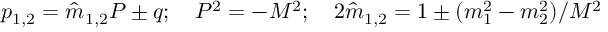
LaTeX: p _ { 1 , 2 } = { \hat { m } } _ { 1 , 2 } P \pm q ; \quad P ^ { 2 } = - M ^ { 2 } ; \quad 2 { \hat { m } } _ { 1 , 2 } = 1 \pm ( m _ { 1 } ^ { 2 } - m _ { 2 } ^ { 2 } ) / M ^ { 2 }